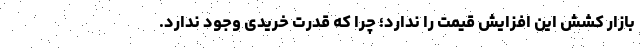
بازار کشش این افزایش قیمت را ندارد؛ چرا که قدرت خریدی وجود ندارد.